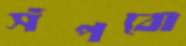
সঁপবো